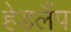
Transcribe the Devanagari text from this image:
हेडलैंप